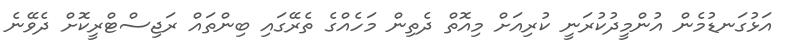
އަޅުގަނޑުމެން އުންމީދުކުރަނީ ކުރިއަށް މިއޮތް ދެތިން މަހެއްގެ ތެރޭގައި ބިންތައް ރަޖިސްޓްރީކޮށް ދެވޭނެ